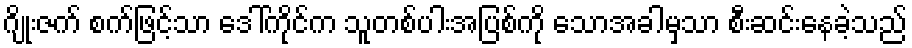
ဂျိုးဇက် စက်ဖြင့်သာ ဒေါ်ကိုင်က သူတစ်ပါးအပြစ်ကို သောအခါမှသာ စီးဆင်းနေခဲ့သည်